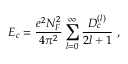
E _ { c } = \frac { e ^ { 2 } N _ { F } ^ { 2 } } { 4 \pi ^ { 2 } } \sum _ { l = 0 } ^ { \infty } \frac { D _ { c } ^ { ( l ) } } { 2 l + 1 } ~ ,